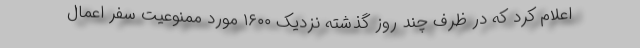
اعلام کرد که در ظرف چند روز گذشته نزدیک ۱۶۰۰ مورد ممنوعیت سفر اعمال